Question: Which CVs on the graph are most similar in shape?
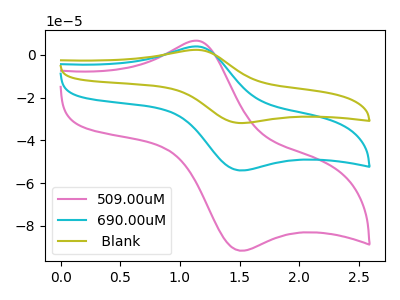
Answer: <think>The pink curve "509.00uM" has an anodic peak at (1.15V, 6.55uA) and a cathodic peak at (1.50V, -91.60uA). The cyan curve "690.00uM" has an anodic peak at (1.15V, 3.90uA) and a cathodic peak at (1.50V, -54.10uA). The olive curve " Blank" has an anodic peak at (1.15V, 7.75uA) and a cathodic peak at (1.50V, -108.20uA).
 All the peaks in "509.00uM" have a peak in "690.00uM" at the same potential. Every peak in "509.00uM" is higher than every peak in "690.00uM". All the peaks in "509.00uM" have a peak in " Blank" at the same potential. Every peak in "509.00uM" is lower than every peak in " Blank". All the peaks in "690.00uM" have a peak in " Blank" at the same potential. Every peak in "690.00uM" is lower than every peak in " Blank".</think>
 <answer>"509.00uM", "690.00uM" and " Blank" have the same shape and are likely CV's of the same chemical.</answer>
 <eval>"509.00uM" "690.00uM" " Blank"</eval>